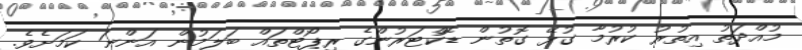
މުއްދަތު އިތުރު ކުރުމާ ގުޅޭ ގޮތުން ޑޮކްޓަރުންގެ ރިޕޯޓްތައް ބަލަމުން އަންނަ ކަމަށެވެ.